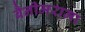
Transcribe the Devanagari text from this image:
बैनीमरामा